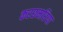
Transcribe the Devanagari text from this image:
करछमरिया